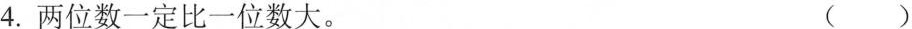
4.两位数一定比一位数大。 ()